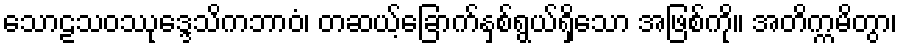
သောဠသဝဿုဒ္ဒေသိကဘာဝံ၊ တဆယ့်ခြောက်နှစ်ရွယ်ရှိသော အဖြစ်ကို။ အတိက္ကမိတွာ၊